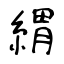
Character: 緭